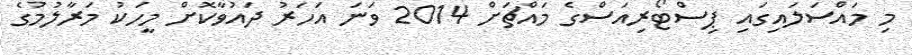
މި މައްސަލައިގައި ޕިސްޓޯރިއަސްގެ މައްޗަށް 2014 ވަނަ އަހަރު ދައުވާކޮށް މީހަކު މަރާލުމުގެ